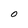
Character: O